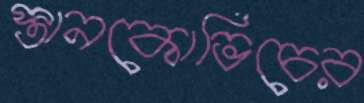
স্তানকোভিচের